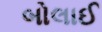
બોલાઈ